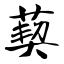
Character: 葜